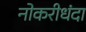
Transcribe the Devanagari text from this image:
नोकरीधंदा